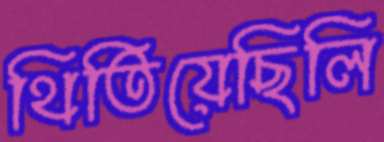
থিতিয়েছিলি